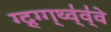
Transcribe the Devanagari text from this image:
ग्द्र्ग्ग्थ्व्॑व्॑वे